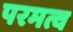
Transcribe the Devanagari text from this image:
परमत्व